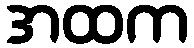
အထက